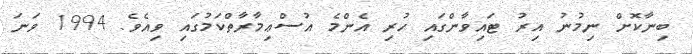
ބިނާކޮށް ނިމުނު އިރު ޓައިވާންގައި ހުރި އެންމެ އުސްޢިމާރާތްކަމުގައި ވިއެވެ. 1994 ވަނަ